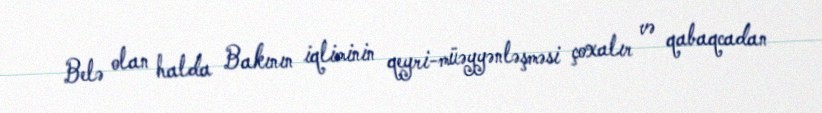
Belə olan halda Bakının iqliminin qeyri-müəyyənləşməsi çoxalır və qabaqcadan